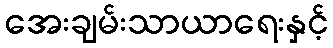
အေးချမ်းသာယာရေးနှင့်